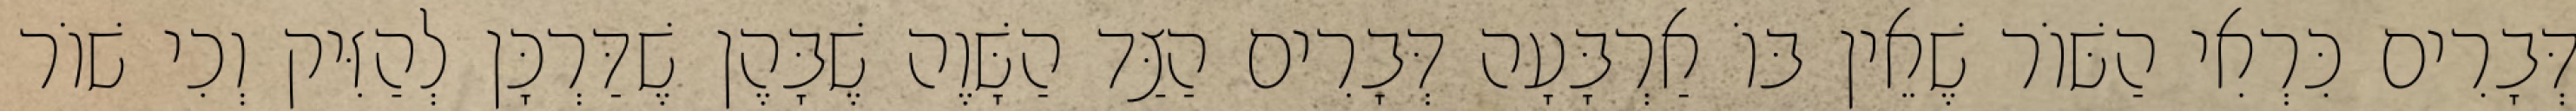
דְּבָרִים כִּרְאִי הַשּׁוֹר שֶׁאֵין בּוֹ אַרְבָּעָה דְּבָרִים הַצַּד הַשָּׁוֶה שֶׁבָּהֶן שֶׁדַּרְכָּן לְהַזִּיק וְכִי שׁוֹר